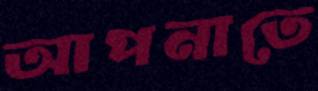
আপনাতে